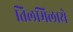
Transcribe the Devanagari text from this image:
तिलमिलाये